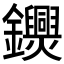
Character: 𨯺